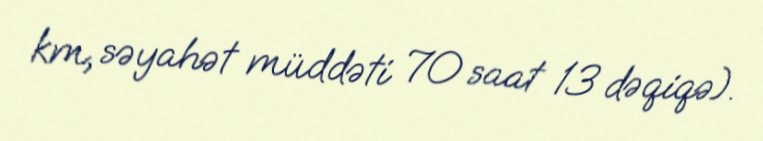
km, səyahət müddəti 70 saat 13 dəqiqə).